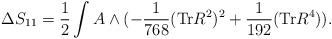
\begin{align*}\Delta S_{11} = \frac{1}{2} \int A \wedge ( - \frac{1}{768} ({\rm Tr} R^2)^2 + \frac{1}{192} ({\rm Tr} R^4)).\end{align*}